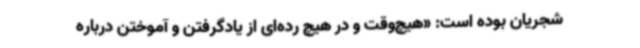
شجریان بوده است: «هیچ‌وقت و در هیچ رده‌ای از یادگرفتن و آموختن درباره